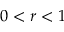
0 < r < 1